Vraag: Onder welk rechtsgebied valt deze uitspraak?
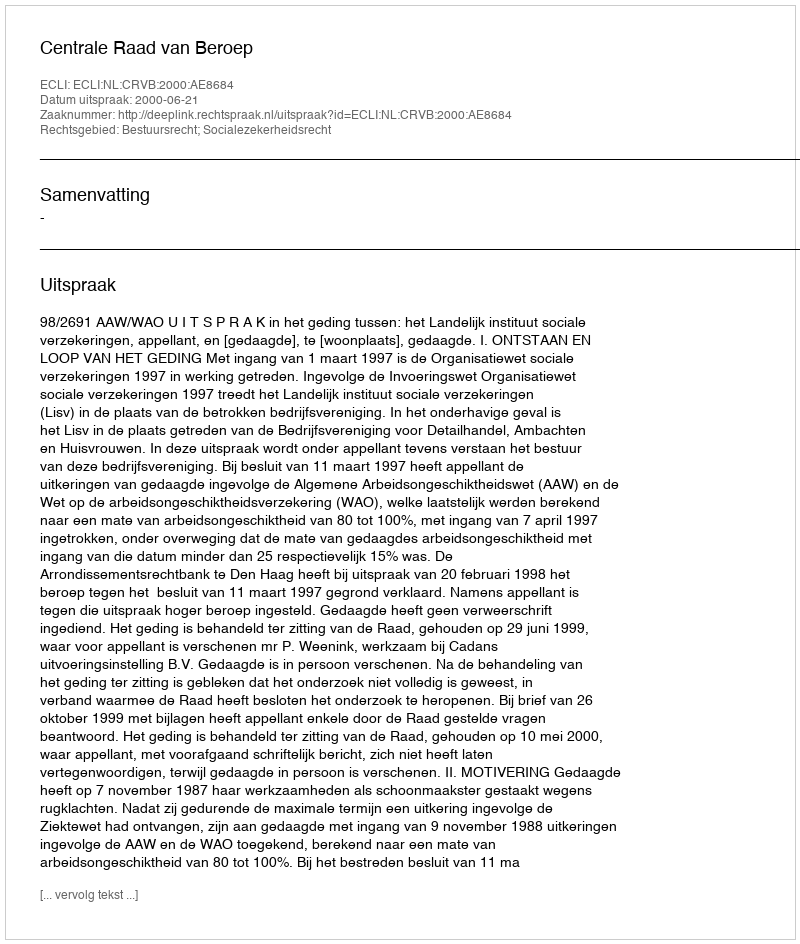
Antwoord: Bestuursrecht; Socialezekerheidsrecht